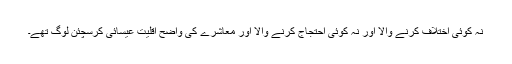
نہ کوئی اختلاف کرنے والا اور نہ کوئی احتجاج کرنے والا اور معاشرے کی واضح اقلیت عیسائی کرسچئن لوگ تھے۔